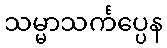
သမ္မာသင်္ကပ္ပေန